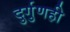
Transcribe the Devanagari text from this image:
दुर्गुणही